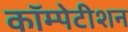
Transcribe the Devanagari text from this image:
कॉम्पेटीशन